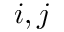
i , j